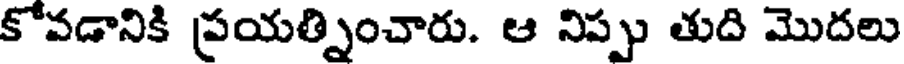
కోవడానికి ప్రయత్నించారు. ఆ నిప్పు తుది మొదలు